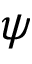
\psi